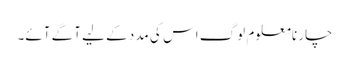
چار نامعلوم لوگ اس کی مدد کے لیے آگے آئے۔